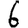
Digit: 6